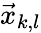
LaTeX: \vec{x}_{k,l}